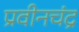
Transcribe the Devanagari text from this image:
प्रवीनचंद्र